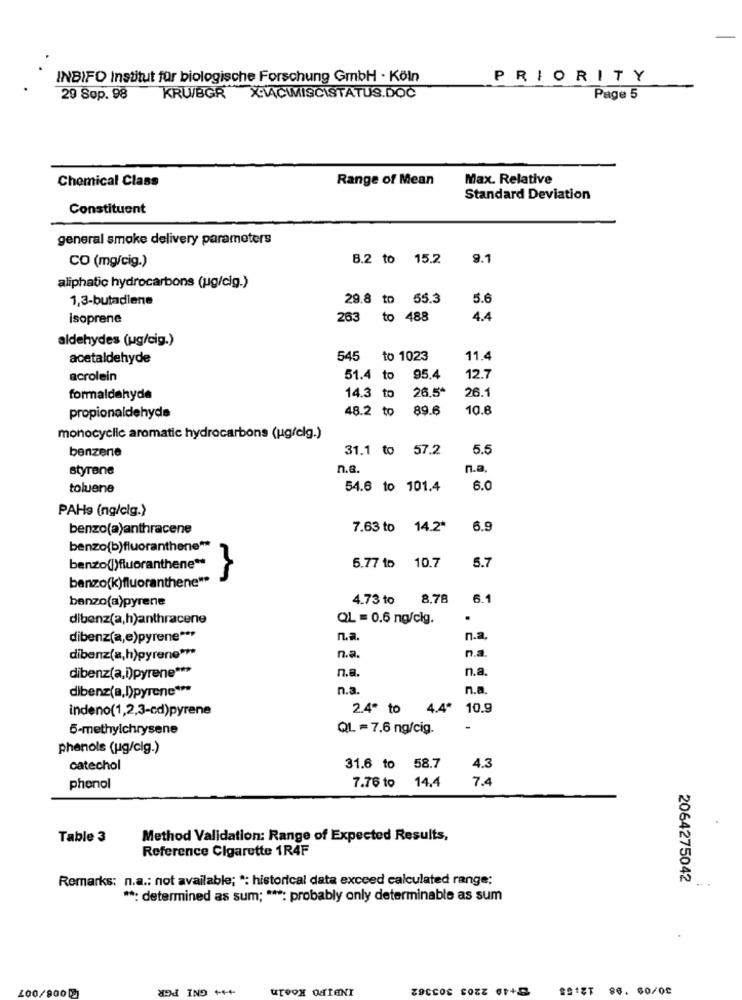
INBIFO Institut für biologische Forschung GmbH · Köln
PRIORITY
29 Sop. 98
KRU/BGR
XVACIMISCISTATUS.DOC
Page 5
Chemical Class
Range of Mean
Max. Relative
Standard Deviation
Constituent
general smoke delivery parameters
8.2 to 15.2
9.1
CO (mg/cig.)
aliphatic hydrocarbons (ug/cig.)
1,3-butadiene
29.8 to 55.3
5.6
isoprene
263 to 488
4.4
aldehydes (ug/cig.)
acetaldehyde
545
to 1023
11.4
acrolein
51.4 t
95.4
12.7
26.5*
26.1
formaldehyde
14.3 to
48.2 to
89.6
10.8
propionaldehyde
monocyclic aromatic hydrocarbons (ugfelg.)
benzene
31.1 to 57.2
5.5
styrene
n.a.
n.a.
toluene
54.6 to 101.4
6.0
PAH9 (ng/clg.)
benzo(a)anthracene
7.63 to 14.2ª
6.9
benzo(b)fluoranthene **
benzo(l)fluoranthene **
5.77 to 10.7
5.7
benzo(k)fluoranthene **
4.73 to
8.78
6.1
benzo(a)pyrene
dibenz(a,h)anthracene
QL = 0.6 ng/clg.
.
dibenz(a,e)pyrene ***
n.a
n.a
n.s
dibenz(a,h)pyrene ***
n.a.
n.a.
dibenz(a,i)pyrene ***
n.a.
dibenz(a,l)pyrene ***
n.a.
n.a.
indeno(1,2,3-cd)pyrene
2.4ª to
4.4ª
10.9
5-methylchrysene
QL = 7.6 ng/cig.
phenols (ug/clg.)
catechol
31.6 to 58.7
4.3
7.76 to 14.4
7.4
phonol
Table 3
Method Validation: Range of Expected Results,
Reference Cigarette 1R4F
Remarks: n.a .: not available; *: historical data exceed calculated range:
2064275042
**: determined as sum; ***: probably only determinable as sum
+++ GNI PGR
INBIFO Koeln
200/900
SA:ZT 86. 00/00